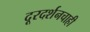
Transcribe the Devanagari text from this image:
दूरदर्शनचाही